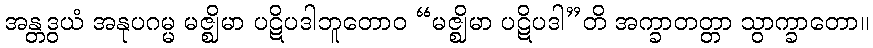
အန္တဒွယံ အနုပဂမ္မ မဇ္ဈိမာ ပဋိပဒါဘူတောဝ “မဇ္ဈိမာ ပဋိပဒါ”တိ အက္ခာတတ္တာ သွာက္ခာတော။